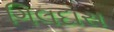
ગિલદાસ